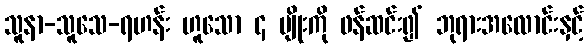
သူနာ-သူသေ-ရဟန်း ဟူသော ၄ မျိုးကို ဖန်ဆင်း၍ ဘုရားအလောင်းနှင့်